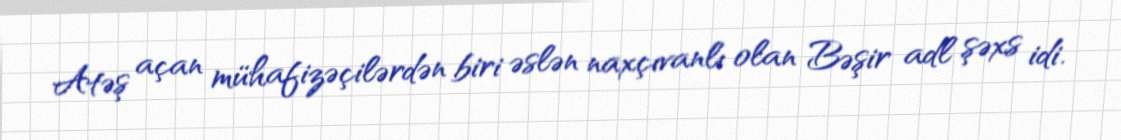
Atəş açan mühafizəçilərdən biri əslən naxçıvanlı olan Bəşir adl şəxs idi.